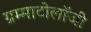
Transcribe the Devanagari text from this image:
ग्रम्माटोलॉजी